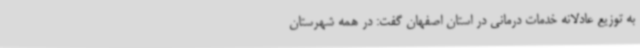
به توزیع عادلانه خدمات درمانی در استان اصفهان گفت: در همه شهرستان